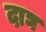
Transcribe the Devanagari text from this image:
दाघ